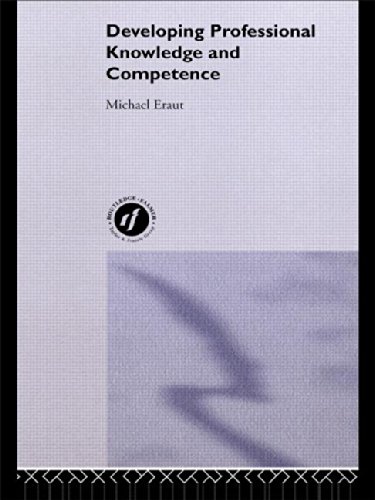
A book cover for Developing Professional Knowledge And Competence; Michael Eraut; Education & Teaching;